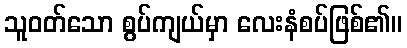
သူဝတ်သော စွပ်ကျယ်မှာ လေးနံစပ်ဖြစ်၏။